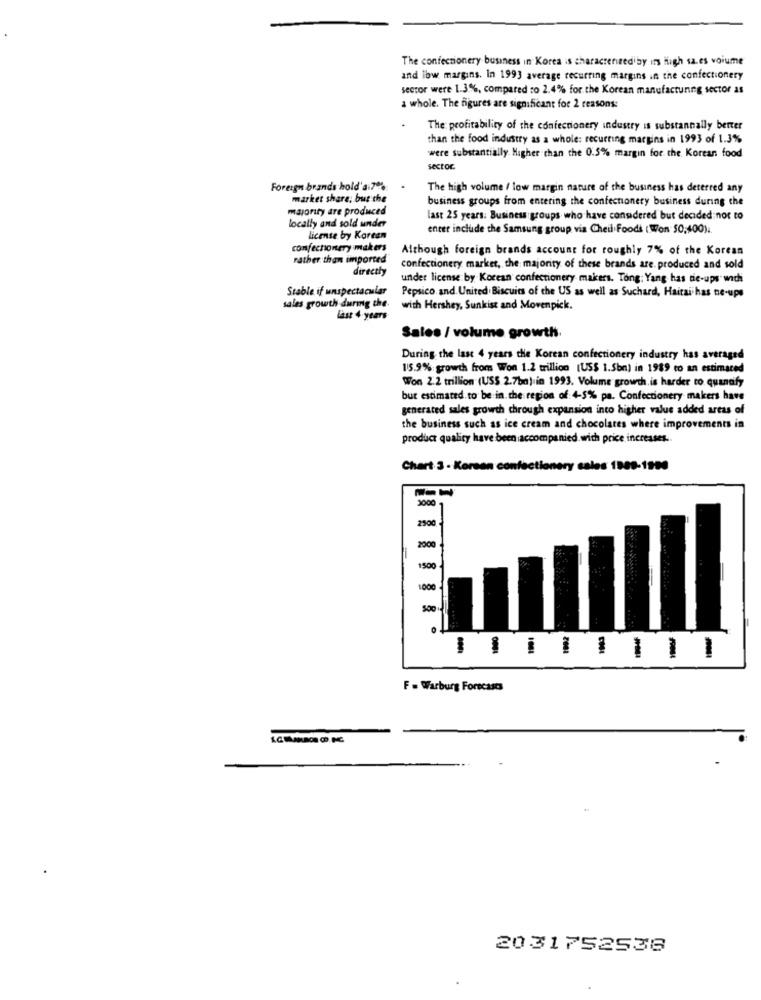
The confectionery business in Korea is characterized by its High sales volume
and low margins. In 1993 average recurring margins in the confectionery
sector were 1.3%, compared to 2.4% for the Korean manufacturing sector as
a whole. The figures are significant for 2 reasons:
The profitability of the confectionery industry is substannally berter
than the food industry as a whole: recurring margins in 1993 of 1.3%
were substantially Higher than the 0.5% margin for the Korean food
sector
Foreign brands hold'a 7%
The high volume / low margin nature of the business has deterred any
market share, but the
business groups from entering the confectionery business during the
majority are produced
locally and sold under
last 25 years. Business groups who have considered but decided not to
enter include the Samsung group via Cheil Foods ( Won 50,400).
license by Korean
confectionery makers
Although foreign brands account for roughly 7% of the Korean
rather than imported"
directly
confectionery market, the majority of these brands are. produced and sold
under license by Korean confectionery makers. Tong: Yang has tie-ups wich
Stable if unspectacular
Pepsico, and United Biscuits of the US as well as Suchard, Haitai has ne-ups
sales growth during the.
with Hershey, Sunkist and Movenpick.
last 4 years
Sales / volume growth.
During the last 4 years the Korean confectionery industry has averaged
15.9% growth from Won 1.2 trillion [US$ 1.Sbm) in 1989 to an estimated
Won 2.2 trillion (US$ 2.7ba) in 1993. Volume growth.is harder to quanafy
but estimated to be in the region of 4-5% pa. Confectionery makers have
generated sales growth through expansion into higher value added areas of
the business such as ice cream and chocolates where improvements in
product quality have been accompanied. with price increases ..
Chart 3 - Korean confectionery cales 1889-1990
2000
2500
2000
1500
1000
2601
F . Warburg Forecasts
2031752536